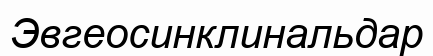
Эвгеосинклинальдар